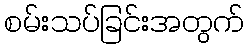
စမ်းသပ်ခြင်းအတွက်